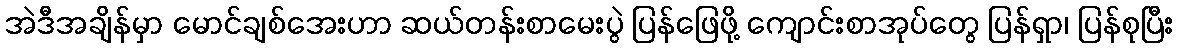
အဲဒီအချိန်မှာ မောင်ချစ်အေးဟာ ဆယ်တန်းစာမေးပွဲ ပြန်ဖြေဖို့ ကျောင်းစာအုပ်တွေ ပြန်ရှာ၊ ပြန်စုပြီး